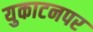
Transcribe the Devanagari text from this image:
युकाटनपर